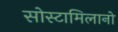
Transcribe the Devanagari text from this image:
सोस्टामिलानो